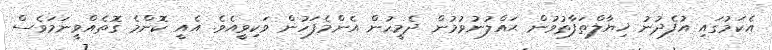
އެކަމުގައި އުފެދުނު ޚިޔާލްތަފާތުވުން ޙައްލުނުވުމުން ދެމީހުން އެންމެފަހުން ވަކިވީއެވެ. އެއީ ކޮންމެ ގޮތެއްވީނަމަވެސް